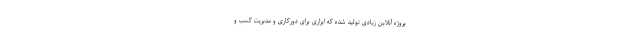
پروژه آنلاین زیادی تولید شده که ابزاری برای دورکاری و مدیریت کسب و